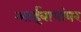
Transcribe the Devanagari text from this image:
आईबापांवर